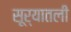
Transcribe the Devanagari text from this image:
सूर्यातली